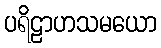
ပရိဠာဟသမယော